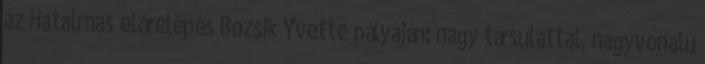
az Hatalmas előrelépés Bozsik Yvette pályáján: nagy társulattal, nagyvonalú